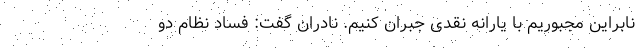
نابراین مجبوریم با یارانه نقدی جبران کنیم. نادران گفت: فساد نظام دو